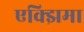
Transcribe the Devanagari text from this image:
एक्झिमा